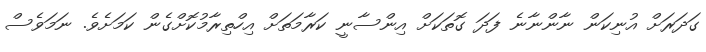
ގަދަރަށް އުނިކަން ނާންނާނެ ފަދަ ގޮތަކަށް އިންސާނީ ކަރާމަތަށް އިހްތިރާމުކޮށްގެން ކަމަށެވެ. ނަމަވެސް